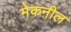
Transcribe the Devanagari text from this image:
मेकनील